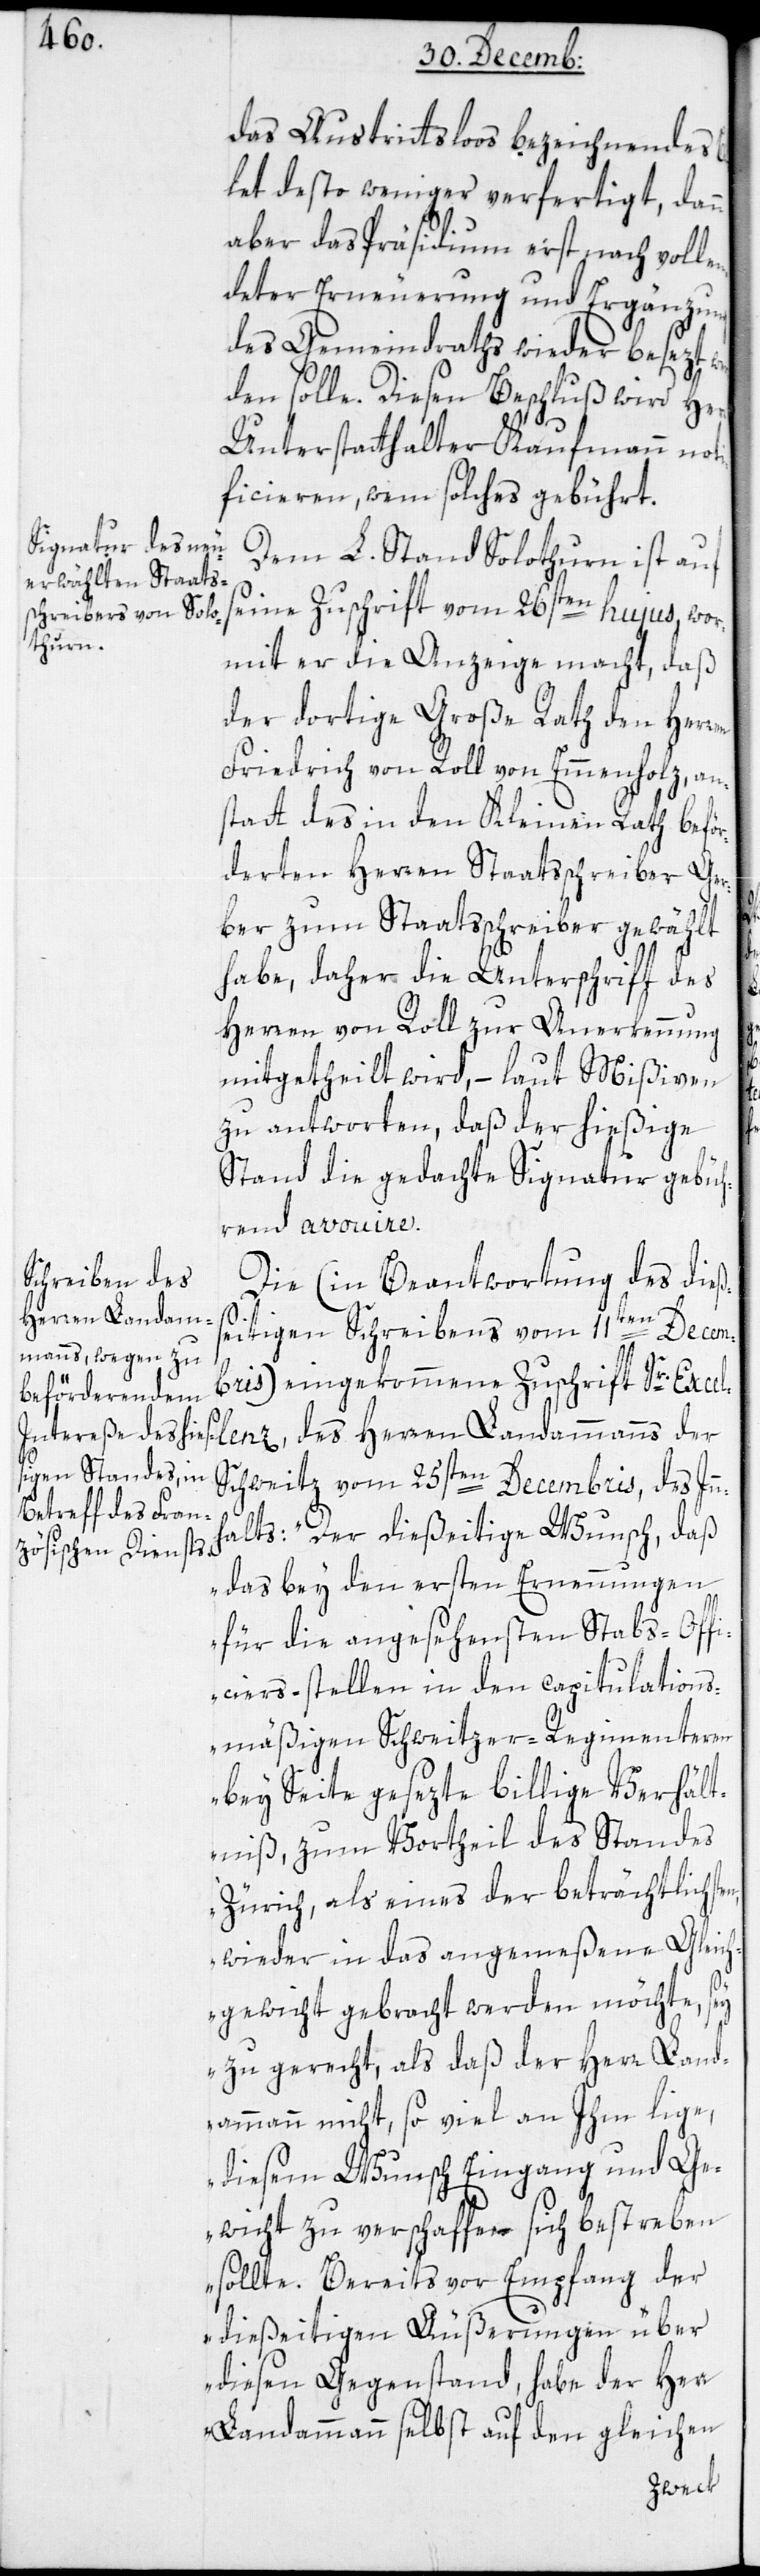
Bil¬
das Austrittsloos bezeichnendes
let desto weniger verfertigt, dann
aber das Präsidium erst nach volle¬
ndeter Erneuerung und Ergänzung
des Gemeindraths wieder besezt
den solle. Diesen Beschluß wird Herr
Unterstatthalter Kaufmann noti¬
ficieren, wem solches gebührt.
Dem L. Stand Solothurn ist auf
seine Zuschrift vom 26sten hujus, wor¬
mit er die Anzeige macht, daß
der dortige Große Rath den Herren
Friedrich von Roll von Emmenholz, an¬
statt des in den Kleinen Rath beför¬
derten Herren Staatsschreiber Ger¬
ber zum Staatsschreiber gewählt
habe, daher die Unterschrift des
Herren von Roll zur Anerkennung
mitgetheilt wird, – laut Mißiven
zu antworten, daß der hießige
Stand die gedachte Signatur gebüh¬
rend avouiere.
Die (in Beantwortung des dieß¬
Herren Landam¬
seitigen Schreibens vom 11ten Decem¬
bris) eingekommene Zuschrift Sr. Exc¬
Schweitz, vom 25sten Decembris, des Inn¬
halts: „Der dießeitige Wunsch, daß
das bey den ersten Ernennungen
für die angesehensten Stabs-Off¬
iciers-stellen in den capitulations¬
mäßigen Schweitzer-Regimenteren
bey Seite gesezte billige Verhält¬
niß, zum Vortheil des Standes
Zürich, als eines der Beträchtlichste¬
n, wieder in das angemeßene Gleich¬
gewicht gebracht werden möchte, sey
zu gerecht, als daß der Herr Land¬
ammann nicht, so viel an Ihm liege,
diesem Wunsch Eingang und Ge¬
wicht zu verschaffen sich beßtreben
sollte. Bereits vor Empfang der
dießeitigen Äußerungen über
diesen Gegenstand, habe der Herr
Landammann selbst auf den gleichen
manns